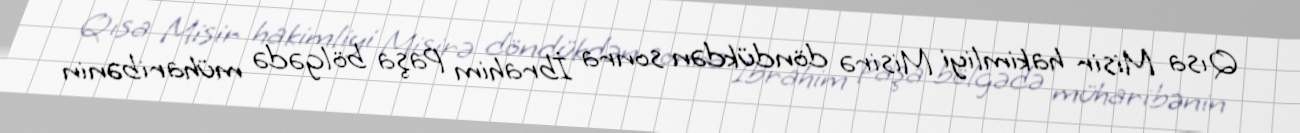
Qısa Misir hakimliyi Misirə döndükdən sonra İbrahim Paşa bölgədə müharibənin